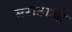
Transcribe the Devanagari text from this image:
मराठाओ